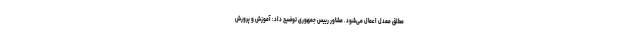
مطلق معدل اعمال می‌شود. مشاور رییس جمهوری توضیح داد: آموزش و پرورش